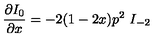
\frac { \partial I _ { 0 } } { \partial x } = - 2 ( 1 - 2 x ) p ^ { 2 } \ I _ { - 2 }